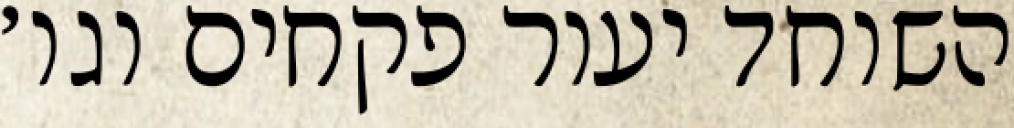
השוחד יעור פקחים וגו׳